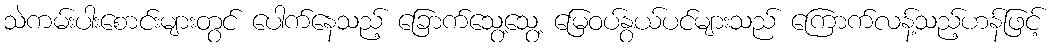
သဲကမ်းပါးစောင်းများတွင် ပေါက်နေသည့် ခြောက်သွေ့သွေ့ မြေဝပ်နွယ်ပင်များသည် ကြောက်လန့်သည့်ဟန်ဖြင့်